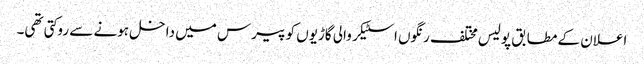
اعلان کے مطابق پولیس مختلف رنگوں اسٹیکر والی گاڑیوں کو پیرس میں داخل ہونے سے روکتی تھی۔